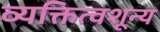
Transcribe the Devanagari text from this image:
व्यक्तित्वशून्य